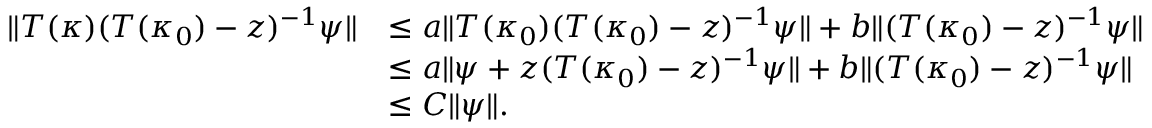
\begin{array} { r l } { \| T ( \kappa ) ( T ( \kappa _ { 0 } ) - z ) ^ { - 1 } \psi \| } & { \leq a \| T ( \kappa _ { 0 } ) ( T ( \kappa _ { 0 } ) - z ) ^ { - 1 } \psi \| + b \| ( T ( \kappa _ { 0 } ) - z ) ^ { - 1 } \psi \| } \\ & { \leq a \| \psi + z ( T ( \kappa _ { 0 } ) - z ) ^ { - 1 } \psi \| + b \| ( T ( \kappa _ { 0 } ) - z ) ^ { - 1 } \psi \| } \\ & { \leq C \| \psi \| . } \end{array}